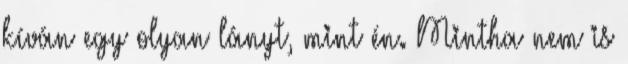
kíván egy olyan lányt, mint én. Mintha nem is